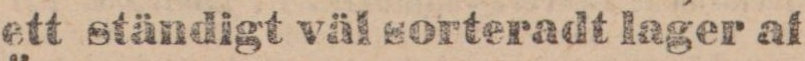
ett ständigt väl sorteradt lager af